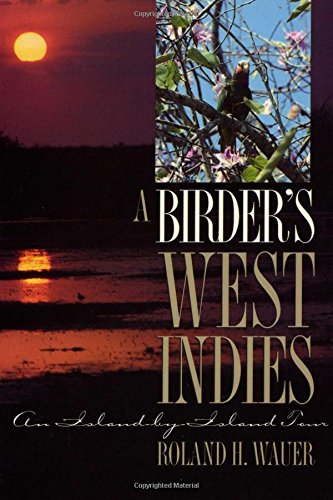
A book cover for A Birder's West Indies: An Island-by-Island Tour (Corrie Herring Hooks Series); Roland H. Wauer; Travel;